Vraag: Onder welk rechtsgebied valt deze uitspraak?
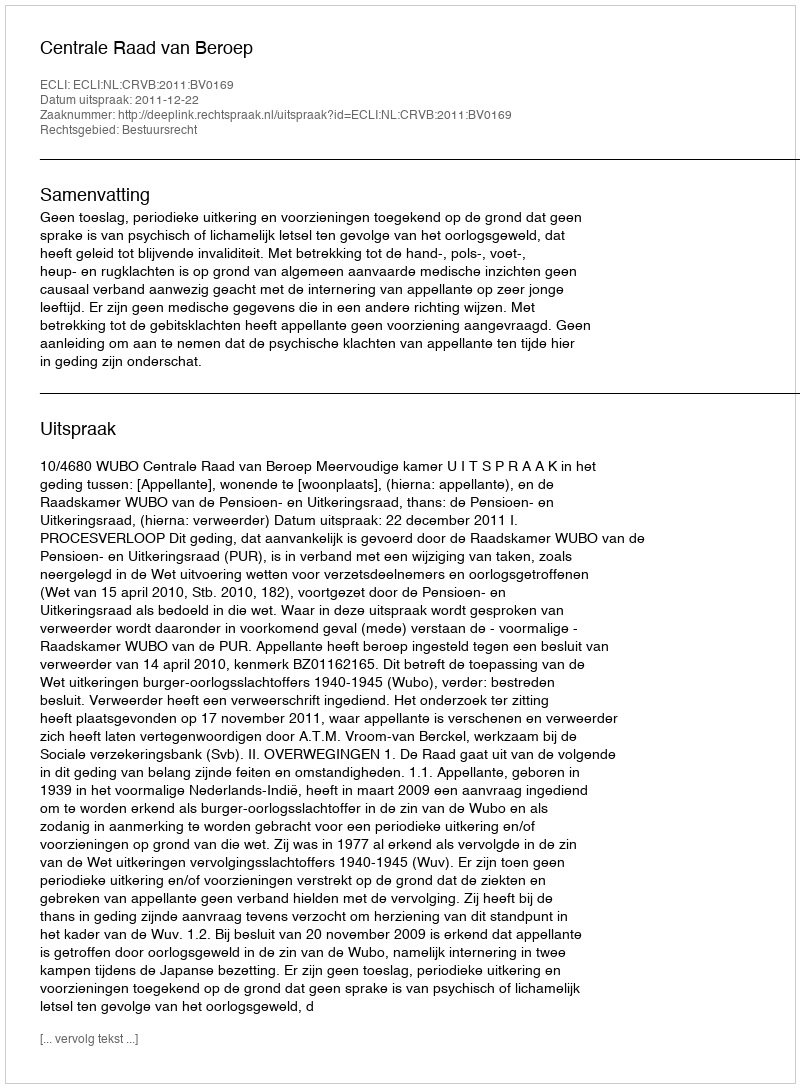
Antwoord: Bestuursrecht